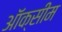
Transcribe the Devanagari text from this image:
ऑक्सीम